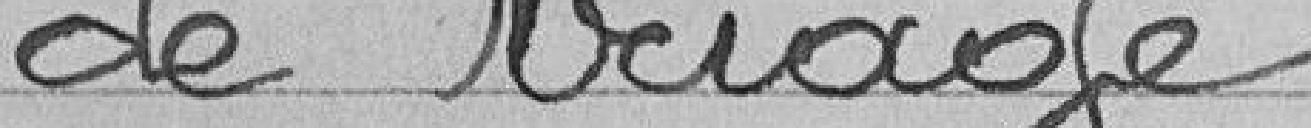
de triage